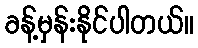
ခန့်မှန်းနိုင်ပါတယ်။